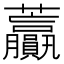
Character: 𧆍